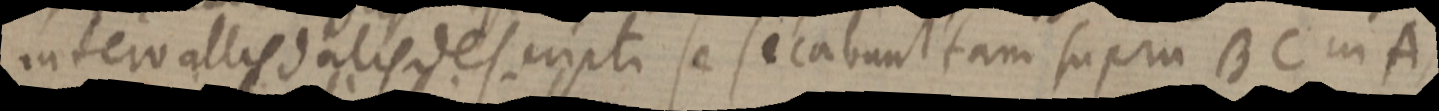
intervallis dalis descripti se secabunt tam supra BC in A,